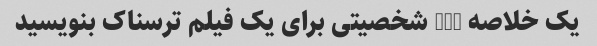
یک خلاصه 500 شخصیتی برای یک فیلم ترسناک بنویسید